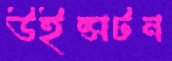
উইন্সটন